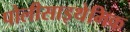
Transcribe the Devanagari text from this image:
पोलीसाइथेमिक